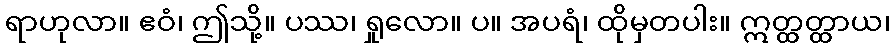
ရာဟုလာ။ ဧဝံ၊ ဤသို့။ ပဿ၊ ရှုလော။ ပ။ အပရံ၊ ထိုမှတပါး။ ဣတ္ထတ္ထာယ၊